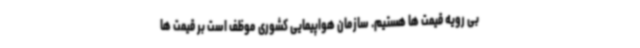
بی رویه قیمت ها هستیم. سازمان هواپیمایی کشوری موظف است بر قیمت ها